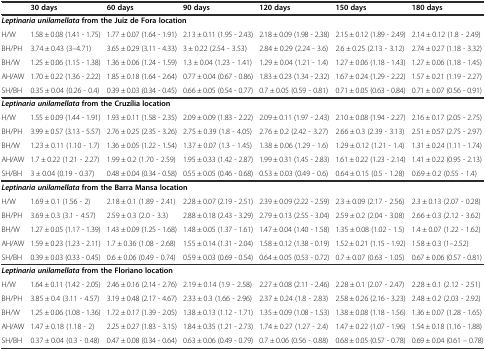
<table><thead><tr><td></td><td><b>30 days</b></td><td><b>60 days</b></td><td><b>90 days</b></td><td><b>120 days</b></td><td><b>150 days</b></td><td><b>180 days</b></td></tr></thead><tbody><tr><td colspan="7"><b><i>Leptinaria unilamellata</i></b><b>from the Juiz de Fora location</b></td></tr><tr><td>H/W</td><td>1.58 ± 0.08 (1.41 - 1.75)</td><td>1.77 ± 0.07 (1.64 - 1.91)</td><td>2.13 ± 0.11 (1.95 - 2.43)</td><td>2.18 ± 0.09 (1.98 - 2.38)</td><td>2.15 ± 0.12 (1.89 - 2.49)</td><td>2.14 ± 0.12 (1.8 - 2.49)</td></tr><tr><td>BH/PH</td><td>3.74 ± 0.43 (3–4.71)</td><td>3.65 ± 0.29 (3.11 - 4.33)</td><td>3 ± 0.22 (2.54 - 3.53)</td><td>2.84 ± 0.29 (2.24 - 3.6)</td><td>2.6 ± 0.25 (2.13 - 3.12)</td><td>2.74 ± 0.27 (1.18 - 3.32)</td></tr><tr><td>BH/W</td><td>1.25 ± 0.06 (1.15 - 1.38)</td><td>1.36 ± 0.06 (1.24 - 1.59)</td><td>1.3 ± 0.04 (1.23 - 1.41)</td><td>1.29 ± 0.04 (1.21 - 1.4)</td><td>1.27 ± 0.06 (1.18 - 1.43)</td><td>1.27 ± 0.06 (1.18 - 1.45)</td></tr><tr><td>AH/AW</td><td>1.70 ± 0.22 (1.36 - 2.22)</td><td>1.85 ± 0.18 (1.64 - 2.64)</td><td>0.77 ± 0.04 (0.67 - 0.86)</td><td>1.83 ± 0.23 (1.34 - 2.32)</td><td>1.67 ± 0.24 (1.29 - 2.22)</td><td>1.57 ± 0.21 (1.19 - 2.27)</td></tr><tr><td>SH/BH</td><td>0.35 ± 0.04 (0.26 - 0.4)</td><td>0.39 ± 0.03 (0.34 - 0.45)</td><td>0.66 ± 0.05 (0.54 - 0.77)</td><td>0.7 ± 0.05 (0.59 - 0.81)</td><td>0.71 ± 0.05 (0.63 - 0.84)</td><td>0.71 ± 0.07 (0.56 - 0.91)</td></tr><tr><td colspan="7"><b><i>Leptinaria unilamellata</i></b><b>from the Cruzília location</b></td></tr><tr><td>H/W</td><td>1.55 ± 0.09 (1.44 - 1.91)</td><td>1.93 ± 0.11 (1.58 - 2.35)</td><td>2.09 ± 0.09 (1.83 - 2.22)</td><td>2.09 ± 0.11 (1.97 - 2.43)</td><td>2.10 ± 0.08 (1.94 - 2.27)</td><td>2.16 ± 0.17 (2.05 - 2.75)</td></tr><tr><td>BH/PH</td><td>3.99 ± 0.57 (3.13 - 5.57)</td><td>2.76 ± 0.25 (2.35 - 3.26)</td><td>2.75 ± 0.39 (1.8 - 4.05)</td><td>2.76 ± 0.2 (2.42 - 3.27)</td><td>2.66 ± 0.3 (2.39 - 3.13)</td><td>2.51 ± 0.57 (2.75 - 2.97)</td></tr><tr><td>BH/W</td><td>1.23 ± 0.11 (1.10 - 1.7)</td><td>1.36 ± 0.05 (1.22 - 1.54)</td><td>1.37 ± 0.07 (1.3 - 1.45)</td><td>1.38 ± 0.06 (1.29 - 1.6)</td><td>1.29 ± 0.12 (1.21 - 1.4)</td><td>1.31 ± 0.24 (1.11 - 1.74)</td></tr><tr><td>AH/AW</td><td>1.7 ± 0.22 (1.21 - 2.27)</td><td>1.99 ± 0.2 (1.70 - 2.59)</td><td>1.95 ± 0.33 (1.42 - 2.87)</td><td>1.99 ± 0.31 (1.45 - 2.83)</td><td>1.61 ± 0.22 (1.23 - 2.14)</td><td>1.41 ± 0.22 (0.95 - 2.13)</td></tr><tr><td>SH/BH</td><td>3 ± 0.04 (0.19 - 0.37)</td><td>0.48 ± 0.04 (0.34 - 0.58)</td><td>0.55 ± 0.05 (0.46 - 0.68)</td><td>0.53 ± 0.03 (0.49 - 0.6)</td><td>0.64 ± 0.15 (0.5 - 1.28)</td><td>0.69 ± 0.2 (0.55 - 1.4)</td></tr><tr><td colspan="7"><b><i>Leptinaria unilamellata</i></b><b>from the Barra Mansa location</b></td></tr><tr><td>H/W</td><td>1.69 ± 0.1 (1.56 - 2)</td><td>2.18 ± 0.1 (1.89 - 2.41)</td><td>2.28 ± 0.07 (2.19 - 2.51)</td><td>2.39 ± 0.09 (2.22 - 2.59)</td><td>2.3 ± 0.09 (2.17 - 2.56)</td><td>2.3 ± 0.13 (2.07 - 0.28)</td></tr><tr><td>BH/PH</td><td>3.69 ± 0.3 (3.1 - 4.57)</td><td>2.59 ± 0.3 (2.0 - 3.3)</td><td>2.88 ± 0.18 (2.43 - 3.29)</td><td>2.79 ± 0.13 (2.55 - 3.04)</td><td>2.59 ± 0.2 (2.04 - 3.08)</td><td>2.66 ± 0.3 (2.12 - 3.62)</td></tr><tr><td>BH/W</td><td>1.27 ± 0.05 (1.17 - 1.39)</td><td>1.43 ± 0.09 (1.25 - 1.68)</td><td>1.48 ± 0.05 (1.37 - 1.61)</td><td>1.47 ± 0.04 (1.40 - 1.58)</td><td>1.35 ± 0.08 (1.02 - 1.5)</td><td>1.4 ± 0.07 (1.22 - 1.62)</td></tr><tr><td>AH/AW</td><td>1.59 ± 0.23 (1.23 - 2.11)</td><td>1.7 ± 0.36 (1.08 - 2.68)</td><td>1.55 ± 0.14 (1.31 - 2.04)</td><td>1.58 ± 0.12 (1.38 - 0.19)</td><td>1.52 ± 0.21 (1.15 - 1.92)</td><td>1.58 ± 0.3 (1–2.52)</td></tr><tr><td>SH/BH</td><td>0.39 ± 0.03 (0.33 - 0.45)</td><td>0.6 ± 0.06 (0.49 - 0.74)</td><td>0.59 ± 0.03 (0.69 - 0.54)</td><td>0.64 ± 0.05 (0.53 - 0.72)</td><td>0.7 ± 0.07 (0.63 - 1.05)</td><td>0.67 ± 0.06 (0.57 - 0.81)</td></tr><tr><td colspan="7"><b><i>Leptinaria unilamellata</i></b><b>from the Floriano location</b></td></tr><tr><td>H/W</td><td>1.64 ± 0.11 (1.42 - 2.05)</td><td>2.46 ± 0.16 (2.14 - 2.76)</td><td>2.19 ± 0.14 (1.9 - 2.58)</td><td>2.27 ± 0.08 (2.11 - 2.46)</td><td>2.28 ± 0.1 (2.07 - 2.47)</td><td>2.28 ± 0.1 (2.12 - 2.51)</td></tr><tr><td>BH/PH</td><td>3.85 ± 0.4 (3.11 - 4.57)</td><td>3.19 ± 0.48 (2.17 - 4.67)</td><td>2.33 ± 0.3 (1.66 - 2.96)</td><td>2.37 ± 0.24 (1.8 - 2.83)</td><td>2.58 ± 0.26 (2.16 - 3.23)</td><td>2.48 ± 0.2 (2.03 - 2.92)</td></tr><tr><td>BH/W</td><td>1.25 ± 0.06 (1.08 - 1.36)</td><td>1.72 ± 0.17 (1.39 - 2.05)</td><td>1.38 ± 0.13 (1.12 - 1.71)</td><td>1.35 ± 0.09 (1.08 - 1.53)</td><td>1.38 ± 0.08 (1.18 - 1.56)</td><td>1.36 ± 0.07 (1.28 - 1.65)</td></tr><tr><td>AH/AW</td><td>1.47 ± 0.18 (1.18 - 2)</td><td>2.25 ± 0.27 (1.83 - 3.15)</td><td>1.84 ± 0.35 (1.21 - 2.73)</td><td>1.74 ± 0.27 (1.27 - 2.4)</td><td>1.47 ± 0.22 (1.07 - 1.96)</td><td>1.54 ± 0.18 (1.16 - 1.88)</td></tr><tr><td>SH/BH</td><td>0.37 ± 0.04 (0.3 - 0.48)</td><td>0.47 ± 0.08 (0.34 - 0.64)</td><td>0.63 ± 0.06 (0.49 - 0.79)</td><td>0.7 ± 0.06 (0.56 - 0.88)</td><td>0.68 ± 0.05 (0.57 - 0.78)</td><td>0.69 ± 0.04 (0.61 – 0.78)</td></tr></tbody></table>